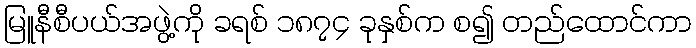
မြူနီစီပယ်အဖွဲ့ကို ခရစ် ၁၈၇၄ ခုနှစ်က စ၍ တည်ထောင်ကာ